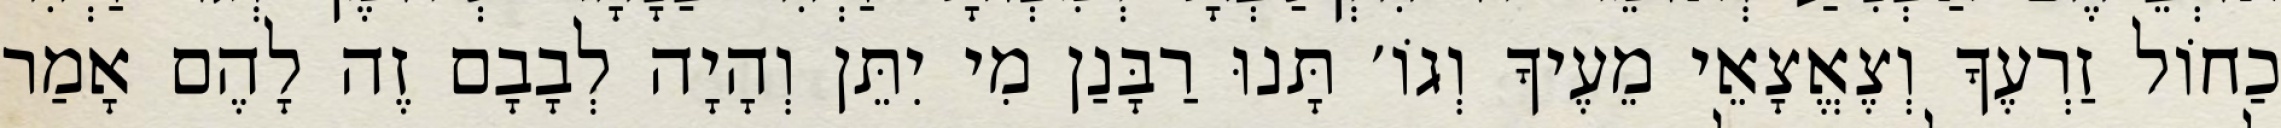
כַחוֹל זַרְעֶךָ וְצֶאֱצָאֵי מֵעֶיךָ וְגוֹ׳ תָּנוּ רַבָּנַן מִי יִתֵּן וְהָיָה לְבָבָם זֶה לָהֶם אָמַר